Report on sanitation, dispensaries, and jails in Rajputana for 1917, and on vaccination for the year 1917-1918 - 1917-1918
Year: 1917
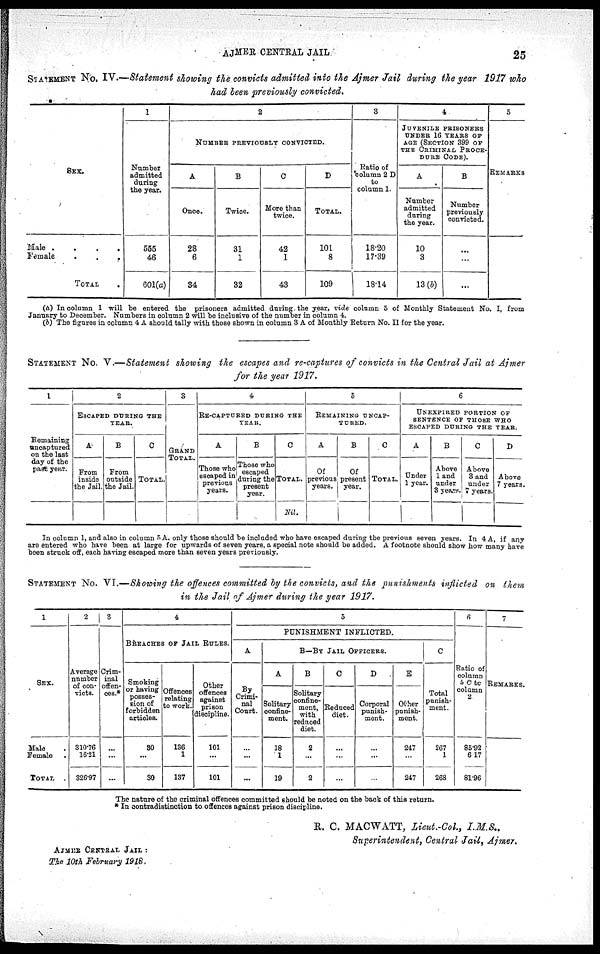
AJMER CENTRAL JAIL
25
STATEMENT No. IV.—Statement showing the convicts admitted into the Ajmer Jail during the year 1917 who
had been previously convicted.
SEX.
Male .
.
.
.
Female
.
.
.
TOTAL
.
1
Number
admitted
during
the year.
555
46
601(a)
2
NUMBER PREVIOUSLY CONVICTED.
A
Once.
28
6
34
B
Twice.
31
1
32
C
More than
twice.
42
1
43
D
TOTAL.
101
8
109
3
Ratio of
Column 2 D
to
column 1.
18.20
17.39
18.14
4
JUVENILE PRISONERS
UNDER 16 YEARS OF
AGE (SECTION 399 OF
THE CRIMINAL PROCE-
DURE CODE).
A
Number
admitted
during
the year.
10
3
13(b)
B
Number
previously
convicted.
...
...
...
5
REMARKS
(a) In column 1 will be entered the prisoners admitted during the year, vide column 5 of Monthly Statement No. I, from
January to December. Numbers in column 2 will be inclusive of the number in column 4.
(b) The figures in column 4 A should tally with those shown in column 3 A of Monthly Return No. II for the year.
STATEMENT No. V.—Statement showing the escapes and re-captures of convicts in the Central Jail at Ajmer
for the year 1917.
1
Remaining
uncaptured
on the last
day of the
past year.
2
ESCAPED DURING THE
YEAR.
A
From
inside
the Jail.
B
From
outside
the Jail.
C
TOTAL.
3
GRAND
TOTAL.
4
RE-CAPTURED DURING THE
YEAR.
A
Those who
escaped in
previous
years.
B
Those who
escaped
during the
present
year.
C
TOTAL.
Nil.
5
REMAINING UNCAP¬
TURED.
A
Of
previous
years.
B
Of
present
year.
C
TOTAL.
6
UNEXPIRED PORTION OF
SENTENCE OF THOSE WHO
ESCAPED DURING THE YEAR.
A
Under
1 year.
B
Above
1 and
under
3 years.
C
Above
3 and
under
7 years.
D
Above
7 years.
In column 1, and also in column 5 A. only those should be included who have escaped during the previous seven years. In 4 A, if any
are entered who have been at large for upwards of seven years, a special note should be added. A footnote should show how many have
been struck off, each having escaped more than seven years previously.
STATEMENT No. VI.—Showing the offences committed by the convicts, and the punishments inflicted on them
in the Jail of Ajmer during the year 1917.
1
SEX.
Male .
Female .
TOTAL .
2
Average
number
of con-
victs.
310.76
16.21
326.97
3
Crim-
inal
offen-
ces.*
...
...
...
4
BREACHES OF JAIL RULES.
Smoking
or having
posses-
sion of
forbidden
articles.
30
...
30
Offences
relating
to work.
136
1
137
Other
offences
against
prison
discipline.
101
...
101
5
PUNISHMENT INFLICTED.
A
By
Crimi-
nal
Court.
...
...
...
B—BY JAIL OFFICERS.
A
Solitary
confine-
ment.
18
1
19
B
Solitary
confine-
ment,
with
reduced
diet.
2
...
2
C
Reduced
diet.
...
...
...
D
Corporal
punish-
ment.
...
...
...
E
Other
punish-
ment.
247
...
247
C
Total
punish-
ment.
267
1
268
6
Ratio of
column
5 C to
column
2
85.92
6.17
81.96
7
REMARKS.
The nature of the criminal offences committed should be noted on the back of this return.
* In contradistinction to offences against prison discipline.
R. C. MACWATT, Lieut.-Col.,
I.M.S..
Superintendent, Central Jail, Ajmer.
AJMER CENTRAL JAIL :
The 10th February 1918.